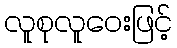
လူစုလူဝေးဖြင့်